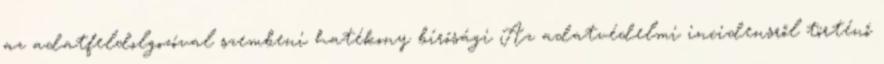
az adatfeldolgozóval szembeni hatékony bírósági Az adatvédelmi incidensről történő